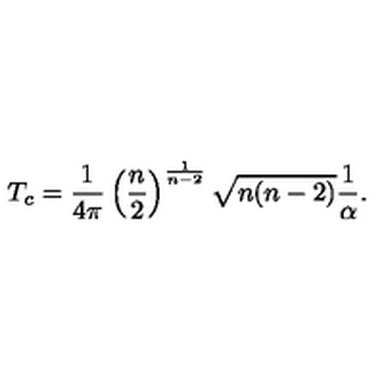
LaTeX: T _ { c } = \frac { 1 } { 4 \pi } \left( \frac { n } { 2 } \right) ^ { \frac { 1 } { n - 2 } } \sqrt { n ( n - 2 ) } \frac { 1 } { \alpha } .